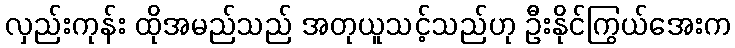
လှည်းကုန်း ထိုအမည်သည် အတုယူသင့်သည်ဟု ဦးနိုင်ကြွယ်အေးက